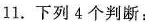
11.下列4个判断：